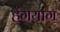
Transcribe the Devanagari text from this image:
हेंगयांग